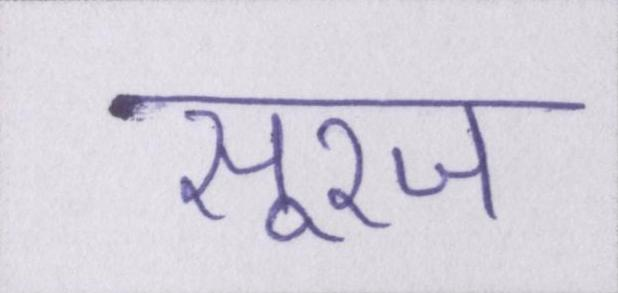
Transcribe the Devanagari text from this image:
सूरज